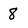
Character: 8